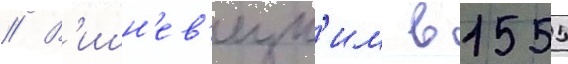
// В'ишн'ев'ецк'им в 1555